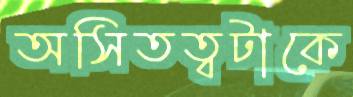
অসিতত্বটাকে